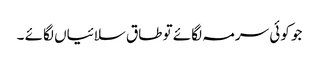
جو کوئی سرمہ لگائے تو طاق سلائیاں لگائے ۔